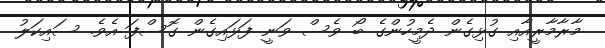
މާރާމާރީއާއި ގުޅިގެން ދެމީހުންގެ ބޯ ވެސް ވަނީ ފަޅައިގެން ގޮސްފަ އެވެ. ސައިކަލު